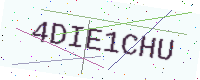
Text: 4DIE1CHU